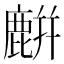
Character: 𪋋